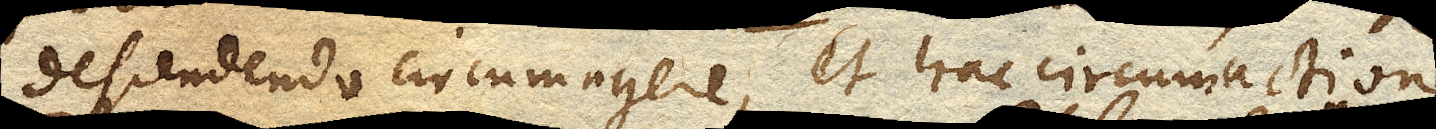
descendendo circumagere, et hac circumactione